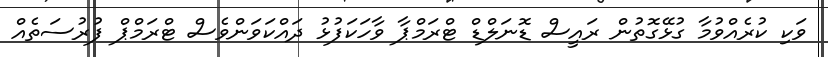
ވަކި ކުރެއްވުމާ ގުޅޭގޮތުން ރައީސް ޑޮނަލްޑް ޓްރަމްޕާ ވާހަކަފުޅު ދައްކަވަންވެސް ޓްރަމްޕް ފުރުސަތެއް